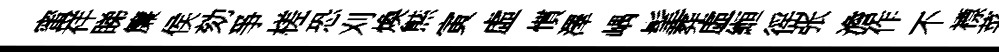
蜜祥睇簾侯劾爭槎恐刈煥㷱寅虛慣澤嵎髦葬虛縆徭张澹作不褾菜